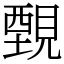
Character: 䚈